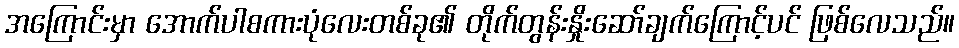
အကြောင်းမှာ အောက်ပါစကားပုံလေးတစ်ခု၏ တိုက်တွန်းနှိုးဆော်ချက်ကြောင့်ပင် ဖြစ်လေသည်။